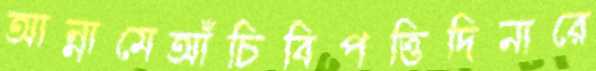
আন্নামেআঁচিবিপত্তিদিনারে